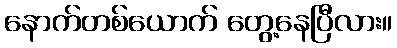
နောက်တစ်ယောက် တွေ့နေပြီလား။